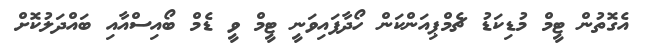
އެގޮތުން ޓީމް މުޑިކަޑު ޗެމްޕިއަންކަން ހޯދާފައިވަނީ ޓީމް ވީ ޑެމް ބޯއިސްއާއި ބައްދަލުކޮށް